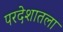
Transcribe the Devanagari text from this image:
परदेशातला